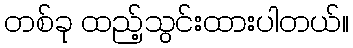
တစ်ခု ထည့်သွင်းထားပါတယ်။